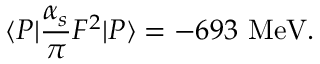
\langle P | { \frac { \alpha _ { s } } { \pi } } F ^ { 2 } | P \rangle = - 6 9 3 \ \mathrm { M e V } .